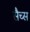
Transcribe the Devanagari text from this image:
सैच्‍स